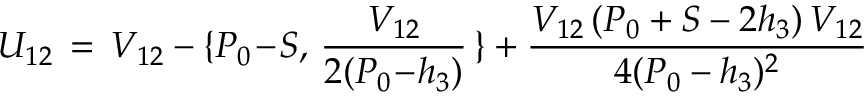
U _ { 1 2 } \, = \, V _ { 1 2 } - \{ P _ { 0 } \! - \! S , \, { \frac { V _ { 1 2 } } { 2 ( P _ { 0 } \! - \! h _ { 3 } ) } } \, \} + { \frac { V _ { 1 2 } \, ( P _ { 0 } + S - 2 h _ { 3 } ) \, V _ { 1 2 } } { 4 ( P _ { 0 } - h _ { 3 } ) ^ { 2 } } }